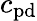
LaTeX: c_{\mathrm{pd}}